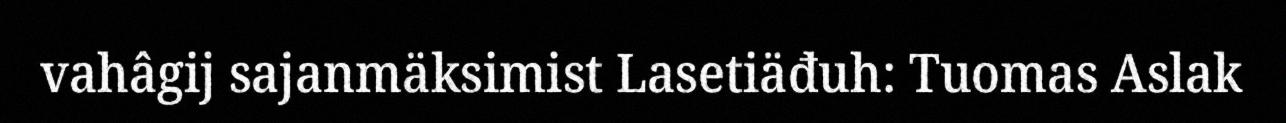
vahâgij sajanmäksimist Lasetiäđuh: Tuomas Aslak